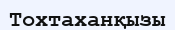
Тохтаханқызы